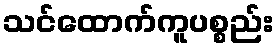
သင်ထောက်ကူပစ္စည်း